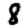
Digit: 8